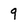
Character: 9